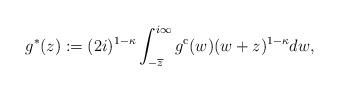
LaTeX: \begin{align*}g^*(z):=(2i)^{1-\kappa}\int_{-\overline{z}}^{i\infty} g^{\operatorname{c}}(w) (w+z)^{1-\kappa} dw,\end{align*}